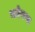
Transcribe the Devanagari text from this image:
गबेषणा